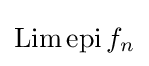
\mathop {\mathrm {Lim} } \mathop {\mathrm {epi} } f_{n}